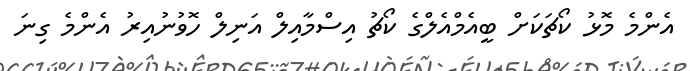
އެންމެ މޮޅު ކޯޗަކަށް ބީއެމްއެލްގެ ކޯޗު އިސްމާއިލް އަނިލް ހޮވުނުއިރު އެންމެ ގިނަ